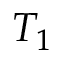
T _ { 1 }